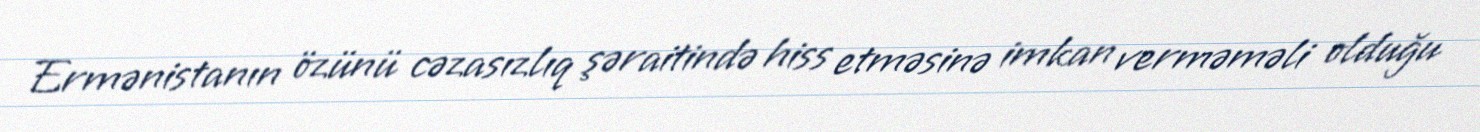
Ermənistanın özünü cəzasızlıq şəraitində hiss etməsinə imkan verməməli olduğu